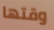
وقتها